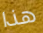
هذا